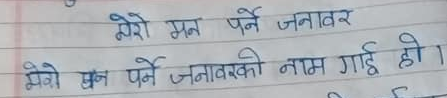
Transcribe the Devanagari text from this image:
मेरो मन पर्ने जनावर
मेरो मन पर्ने जनावरको नाम गाई हो ।